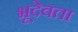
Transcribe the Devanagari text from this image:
भूदेवता